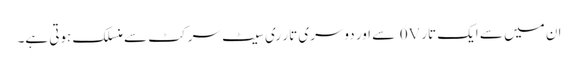
ان میں سے ایک تار 0V سے اور دوسری تار ری سیٹ سرکٹ سے منسلک ہوتی ہے۔